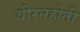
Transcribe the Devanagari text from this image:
वीरनहोती